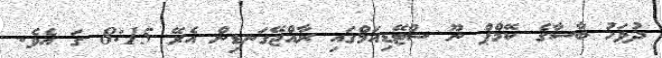
ދުވަހު ބާސާގެ ކޭމްޕް ނޫ ސްޓޭޑިއަމްގައި ރާއްޖޭގަނޑިން އެރޭ 8:15 ގަ އެވެ.